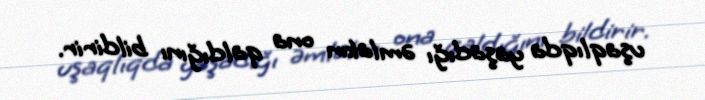
uşaqlıqda yaşadığı əmlakın ona qaldığını bildirir.